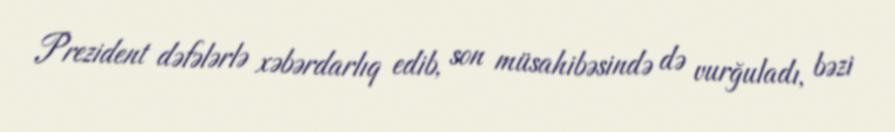
Prezident dəfələrlə xəbərdarlıq edib, son müsahibəsində də vurğuladı, bəzi